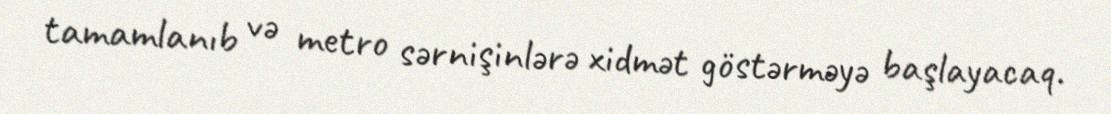
tamamlanıb və metro sərnişinlərə xidmət göstərməyə başlayacaq.